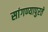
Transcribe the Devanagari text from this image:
सांगण्यापुरते